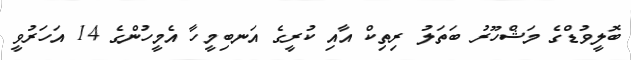
ބޮލީވުޑްގެ މަޝްހޫރު ބަތަލު ރިތިކް އާއި ކުރީގެ އަނބިމީހާ އެމީހުންގެ 14 އަހަރުވީ